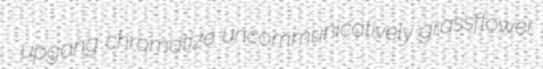
upgang chromatize uncommunicatively grassflower